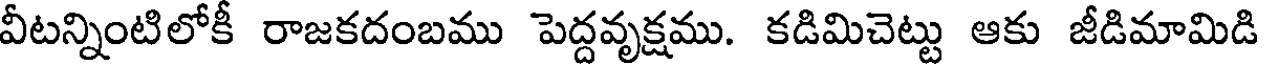
వీటన్నింటిలోకీ రాజకదంబము పెద్దవృక్షము. కడిమిచెట్టు ఆకు జీడిమామిడి